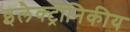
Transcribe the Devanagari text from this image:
इलैक्ट्रानिकीय